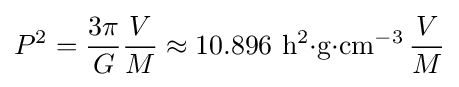
P^{2}={\frac {3\pi }{G}}{\frac {V}{M}}\approx 10.896\mathrm {~h^{2}{\cdot }g{\cdot }cm^{-3}\,} {\frac {V}{M}}